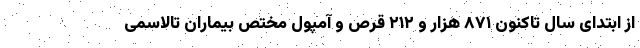
از ابتدای سال تاکنون ۸۷۱ هزار و ۲۱۲ قرص و آمپول مختص بیماران تالاسمی